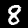
Digit: 8